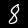
Digit: 8